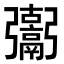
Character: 𩱒